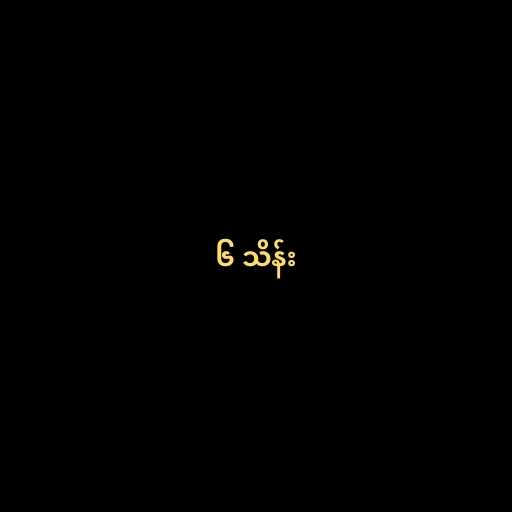
၆ သိန်း